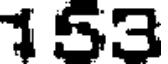
153